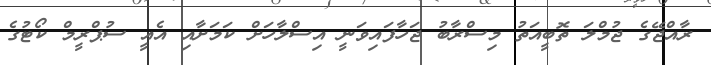
ރާއްޖޭގެ ޖުމްލަ ތޮބީއަތު މިސްރާބު ޖަހާފައިވަނީ އިސްލާހަށް ކަމަށާއި އެއީ ސުޕްރީމް ކޯޓުގެ